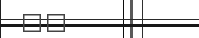
٢٧